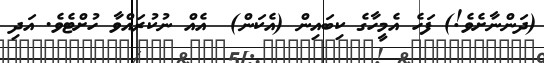
(ދަންނާށެވެ!) ފަހެ އެމީހާގެ ކިބައިން (އެކަން)  އެއް ނުކުރައްވާ ހުށްޓެވެ. އަދި